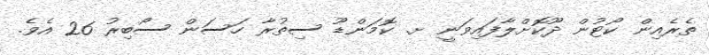
ތެރެއިން ކޯޓުން ދޫކޮށްލާފައިވަނީ ށ. ކޮމަންޑޫ ސިތުރާ ހަސަން ސޯބިރު 26 އެވެ.